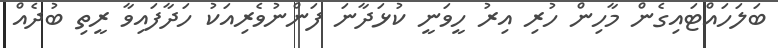
ބަލަހައްޓައިގެން މާހިން ހުރި އިރު ހީވަނީ ކުޅަދާނަ ފަންނުވެރިއަކު ހަދާފައިވާ ރީތި ބުދެއް